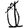
Digit: 1